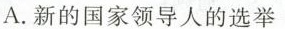
A.新的国家领导人的选举